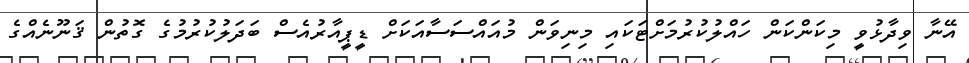
އޭނާ ވިދާޅުވީ މިކަންކަން ހައްލުކުރުމަށްޓަކައި މިނިވަން މުއައްސަސާއަކަށް ޑީޕީއާރުއެސް ބަދަލުކުރުމުގެ ގޮތުން ޤަނޫނެއްގެ